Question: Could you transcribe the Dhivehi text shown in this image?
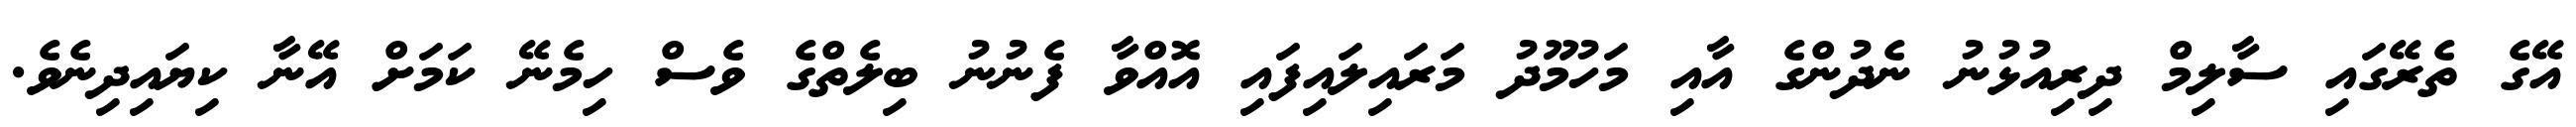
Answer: އޭގެ ތެރޭގައި ސާލިމް ދިރިއުޅުނު ނެދުންގެ އާއި މަހުމޫދު މަރައިލައިފައި އޮއްވާ ފެނުނު ބިލެތްގެ ވެސް ހިމެނޭ ކަމަށް އޭނާ ކިޔައިދިނެވެ.